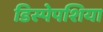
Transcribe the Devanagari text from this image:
डिस्पेपशिया